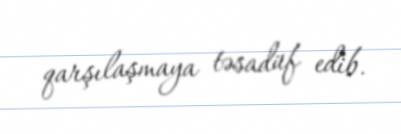
qarşılaşmaya təsadüf edib.